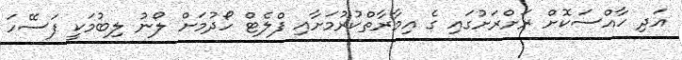
އަދި ހާއްސަކޮށް ރަށްރަށުގައި ގެ އިމާރާތްކުރުމަށާއި ފްލެޓް ހޯދުމަށް ލޯނު ލިބުމަކީ ފަސޭހަ